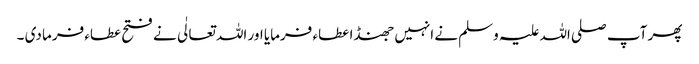
پھر آپ صلی اللہ علیہ وسلم نے انہیں جھنڈا عطاء فرمایا اور اللہ تعالٰی نے فتح عطاء فرما دی ۔